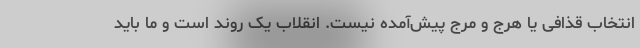
انتخاب قذافی یا هرج و مرج پیش‌آمده نیست. انقلاب یک روند است و ما باید